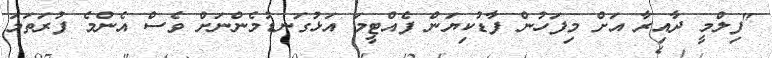
"ފިލްމީ ދާއިރާ އަށް މިފަހުން ފާޑުކިޔަން ފެއްޓީމަ އަޅުގަނޑުމެންނަށް ވެސް އެންމެ ފުރަތަމަ